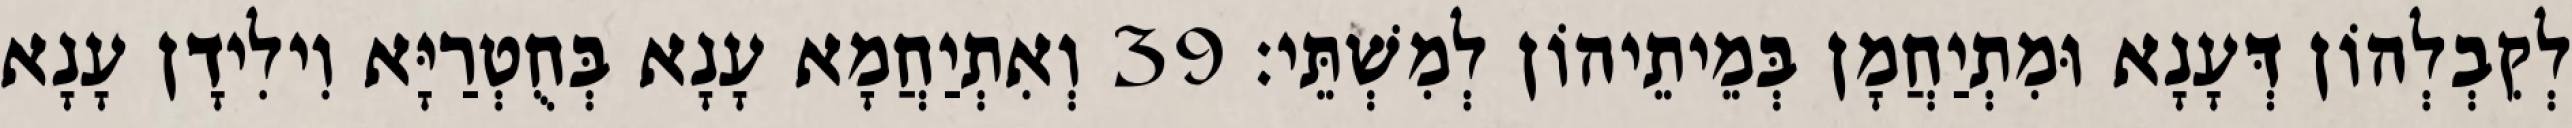
לְקִבְלְהוֹן דְּעָנָא וּמִתְיַחֲמָן בְּמֵיתֵיהוֹן לְמִשְׁתֵּי׃ 39 וְאִתְיַחֲמָא עָנָא בְּחֻטְרַיָּא וִילִידָן עָנָא